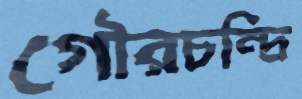
গৌরচন্দ্রি